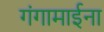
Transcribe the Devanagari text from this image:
गंगामाईना